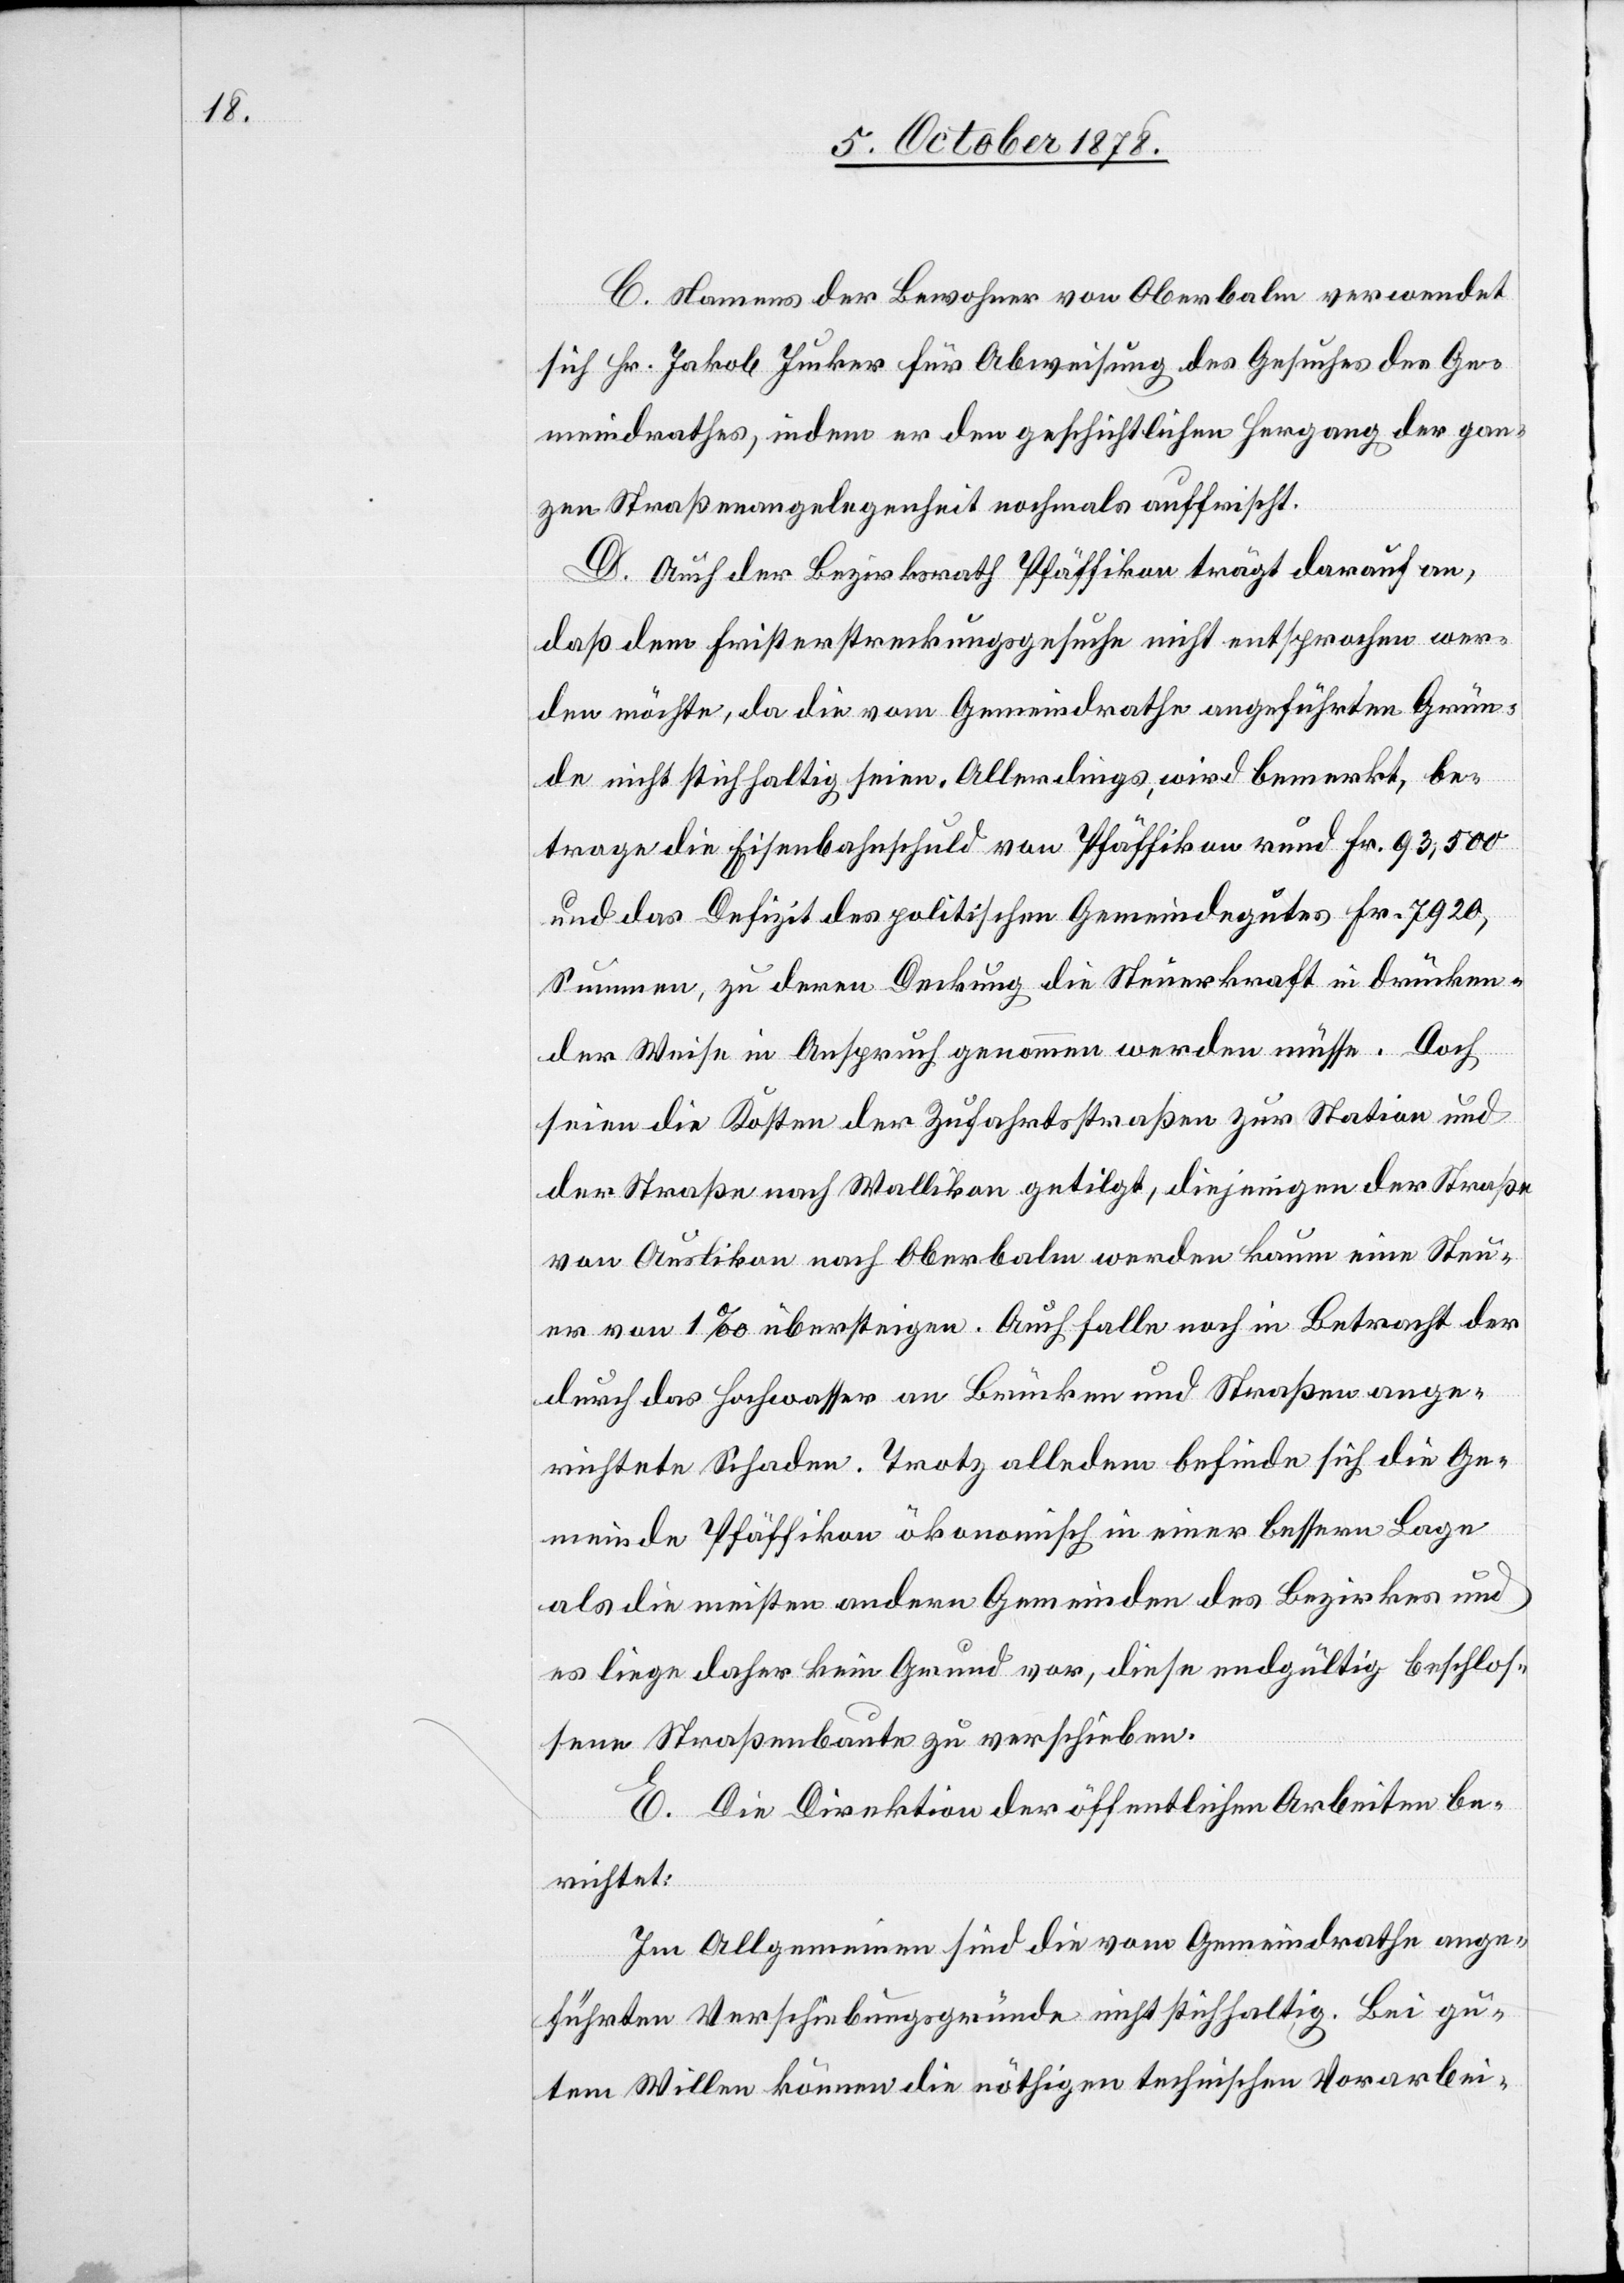
C. Namens der Bewohner von Oberbalm verwendet
sich Hr. Jakob Jucker für Abweisung des Gesuches des Ge¬
meindrathes, indem er den geschichtlichen Hergang der gan¬
zen Straßenangelegenheit nochmals auffrischt.
D. Auch der Bezirksrath Pfäffikon trägt darauf an,
daß dem Fristerstreckungsgesuche nicht entsprochen wer¬
den möchte, da die vom Gemeindrathe angeführten Grün¬
de nicht stichhaltig seien. Allerdings, wird bemerkt, be¬
trage die Eisenbahnschuld von Pfäffikon rund Fr. 93,500
und das Defizit des politischen Gemeindegutes Fr. 7920,
Summen, zu deren Deckung die Steuerkraft in drücken¬
der Weise in Anspruch genommen werden müsse. Doch
seien die Kosten der Zufahrtsstraßen zur Station und
der Straße nach Wallikon getilgt, diejenigen der Straße
von Auslikon nach Oberbalm werden kaum eine Steu¬
er von 1‰ übersteigen. Auch falle noch in Betracht der
durch das Hochwasser an Brücken und Straßen ange¬
richtete Schaden. Trotz alledem befinde sich die Ge¬
meinde Pfäffikon ökonomisch in einer bessern Lage
als die meisten andern Gemeinden des Bezirkes und
es liege daher kein Grund vor, diese endgültig beschlos¬
sene Straßenbaute zu verschieben.
E. Die Direktion der öffentlichen Arbeiten be¬
richtet:
Im Allgemeinen sind die vom Gemeindrathe ange¬
führten Verschiebungsgründe nicht stichhaltig. Bei gu¬
tem Willen können die nöthigen technischen Vorarbei-